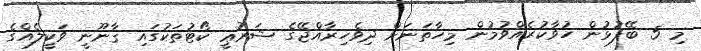
މި 5 ބޭފުޅުން ހުވާކުރެއްވުމުން މިހާތަނަށް ދިވެހިރާއްޖޭގެ ޝަރުޢީ ކޯޓުތަކުގައި ޤާނޫނީ ވަކީލެއްގެ